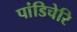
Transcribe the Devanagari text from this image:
पांडिचेरि